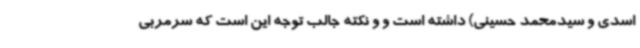
اسدی و سیدمحمد حسینی) داشته‌ است و و نکته جالب توجه این است که سرمربی